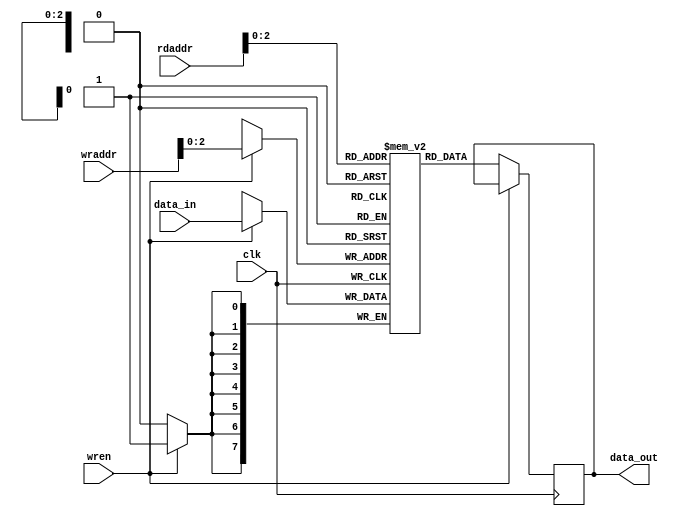
/**
 * This is written by Zhiyang Ong
 * for EE577b Homework 4, Question 4
 */

// Behavioral model for the register file
module regfile(data_out, data_in, wraddr, rdaddr, wren, clk);
	// Definitions for the constants the SIPO convertor
	// parameter PARAM_NAME = VALUE;
	/**
	 * Depth = number of rows for the register file
	 *
	 * The construct base**exponent is not synthesizable for our
	 * tool and technology library set up. It should be with the latest
	 * version of Verilog, Verilog 2005
	 */
	//parameter DEPTH = 3;			// DEPTH = 2^DEPTH_P2 = 2^3
//	parameter DEPTH = 8;			// DEPTH = 2^DEPTH_P2 = 2^3
parameter DEPTH = 8;			// DEPTH = 2^DEPTH_P2 = 2^3
	// Width of the register file
	parameter WIDTH = 8;
	
		
	
	
	
	// ===============================================================
	
	// Output signals...
	// Output of the register file
	output [WIDTH-1:0] data_out;
	
	
	
	// ===============================================================
	// Input signals
	// Input data coming in to the register file
	input [WIDTH-1:0] data_in;
	// Clock signal to facilitate state transitions  
	input clk;
	// Write enable signal to facilitate writing signals
	input wren;
	// Addresses for write and read operations
	input [DEPTH-1:0] wraddr, rdaddr;
	
	
	
	
	// ===============================================================
	// Declare "wire" signals:
	//wire FSM_OUTPUT;



	
	// ===============================================================
	// Declare "reg" signals: 
	reg [WIDTH-1:0] data_out;		// Output signal
	reg [DEPTH-1:0] reg_file [WIDTH-1:0];
//	reg [WIDTH-1:0] reg_file [DEPTH-1:0];
	
	
	
	
	// ===============================================================
	
	always @(posedge clk)
	begin
		if(wren)
		begin
			reg_file[wraddr] <= data_in;
		end
		else
		begin
			data_out<=reg_file[rdaddr];
		end
	end
	
	
	
	
endmodule